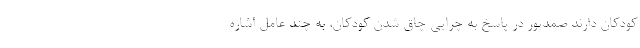
کودکان دارند صمدپور در پاسخ به چرایی چاق شدن کودکان، به چند عامل اشاره